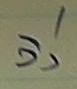
วิ่ง